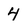
Character: 4